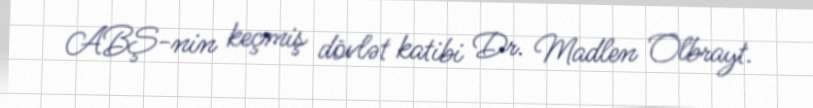
ABŞ-nin keçmiş dövlət katibi Dr. Madlen Olbrayt.